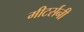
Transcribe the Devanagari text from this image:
मीटर्सनी